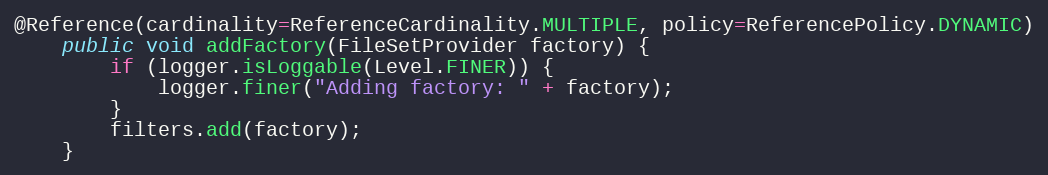
Language: Java
@Reference(cardinality=ReferenceCardinality.MULTIPLE, policy=ReferencePolicy.DYNAMIC)
	public void addFactory(FileSetProvider factory) {
		if (logger.isLoggable(Level.FINER)) {
			logger.finer("Adding factory: " + factory);
		}
		filters.add(factory);
	}